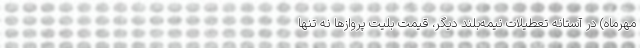
مهرماه) در آستانه تعطیلات نیمه‌بلند دیگر، قیمت بلیت پروازها نه تنها